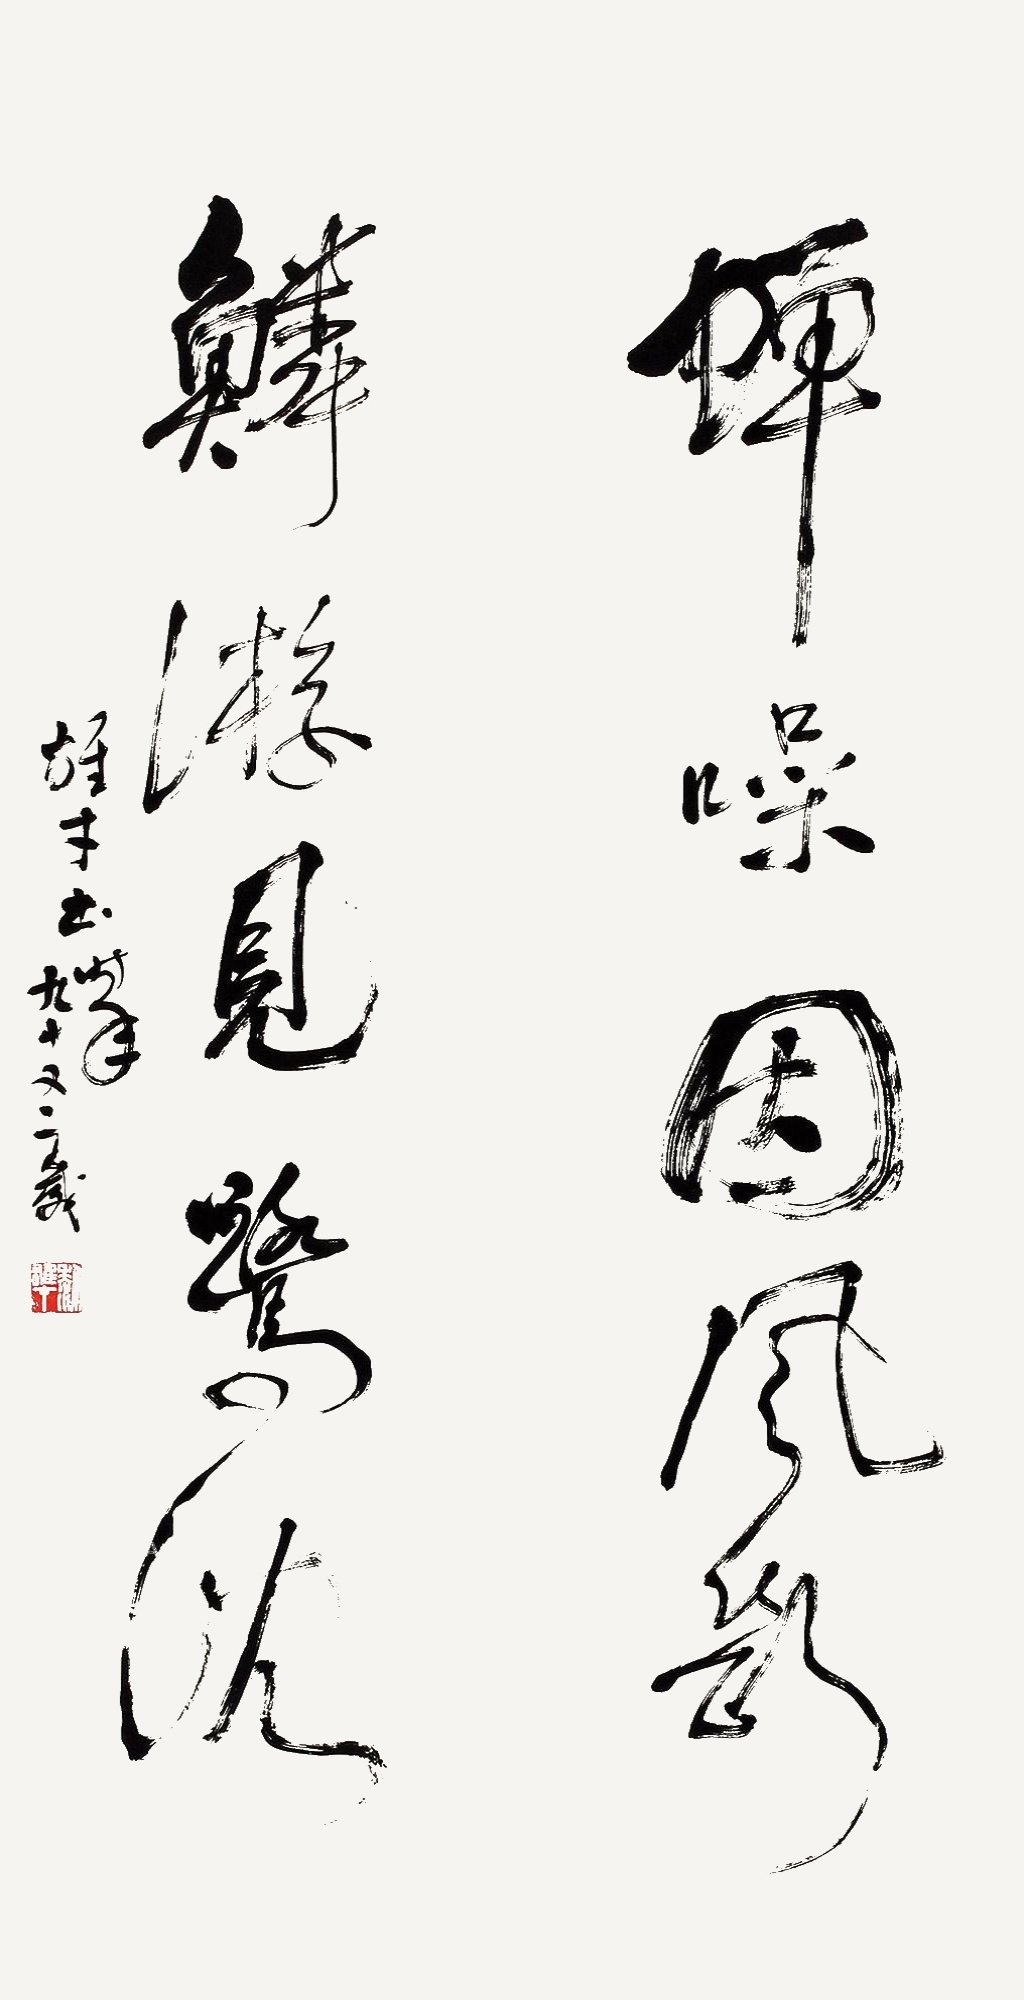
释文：蝉噪因风断，鳞游见鹭沈。雄才书，时年九十又二岁。